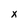
Character: x